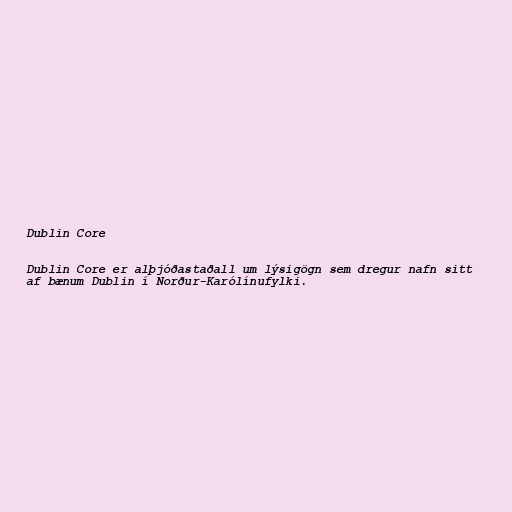
Dublin Core

Dublin Core er alþjóðastaðall um lýsigögn sem dregur nafn sitt
af bænum Dublin í Norður-Karólínufylki.